Report on the working of the mental hospitals for Indians in Bihar and Orissa - 1925-1929
Year: 1925
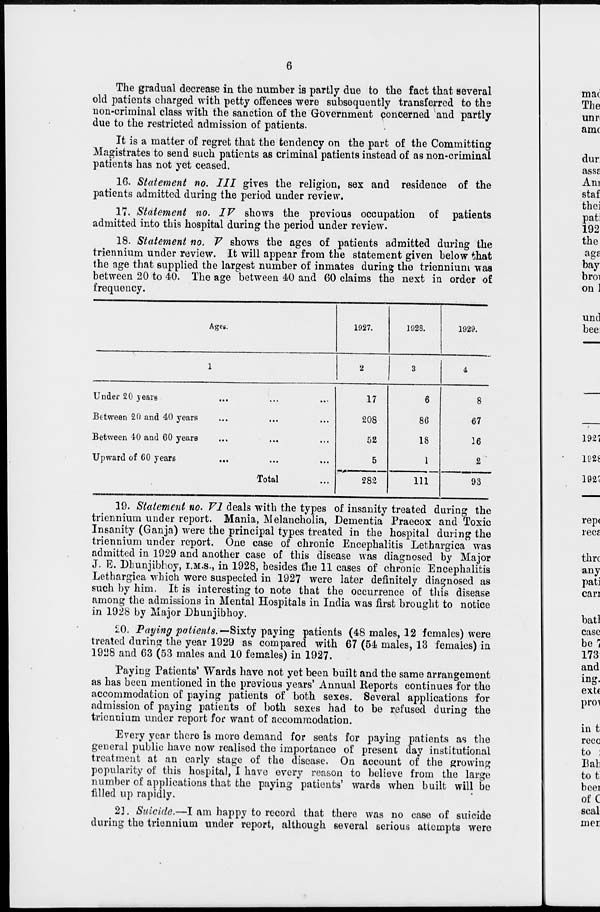
6
The gradual decrease in the number is partly due to the fact that several
old patients charged with petty offences were subsequently transferred to the
non-criminal class with the sanction of the Government concerned and partly
due to the restricted admission of patients.
It is a matter of regret that the tendency on the part of the Committing
Magistrates to send such patients as criminal patients instead of as non-criminal
patients has not yet ceased.
16. Statement no. III gives the religion, sex and residence of the
patients admitted during the period under review.
17. Statement no. IV shows the previous occupation of patients
admitted into this hospital during the period under review.
18. Statement no. V shows the ages of patients admitted during the
triennium under review. It will appear from the statement given below that
the age that supplied the largest number of inmates during the triennium was
between 20 to 40. The age between 40 and 60 claims the next in order of
frequency.
Ages.
1
Under 20 years ... ... ...
Between 20 and 40 years ... ... ...
Between 40 and 60 years ... ... ...
Upward of 60 years ... ... ...
Total ...
1927.
2
17
208
52
5
282
1928.
3
6
86
18
1
111
1929.
4
8
67
16
2
93
19. Statement no. VI deals with the types of insanity treated during the
triennium under report. Mania, Melancholia, Dementia Praecox and Toxic
Insanity (Ganja) were the principal types treated in the hospital during the
triennium under report. One case of chronic Encephalitis Lethargica was
admitted in 1929 and another case of this disease was diagnosed by Major
J. E. Dhunjibhoy,I.M.S., in 1928, besides the 11 cases of chronic Encephalitis
Lethargica which were suspected in 1927 were later definitely diagnosed as
such by him. It is interesting to note that the occurrence of this disease
among the admissions in Mental Hospitals in India was first brought to notice
in 1928 by Major Dhunjibhoy.
20. Paying patients.— Sixty paying patients (48 males, 12 females) were
treated during the year 1929 as compared with 67 (54 males, 13 females) in
1928 and 63 (53 males and 10 females) in 1927.
Paying Patients' Wards have not yet been built and the same arrangement
as has been mentioned in the previous years' Annual Reports continues for the
accommodation of paying patients of both sexes. Several applications for
admission of paying patients of both sexes had to be refused during the
triennium under report for want of accommodation.
Every year there is more demand for seats for paying patients as the
general public have now realised the importance of present day institutional
treatment at an early stage of the disease. On account of the growing
popularity of this hospital, I have every reason to believe from the large
number of applications that the paying patients' wards when built will be
filled up rapidly.
21. Suicide.—I am happy to record that there was no case of suicide
during the triennium under report, although several serious attempts were